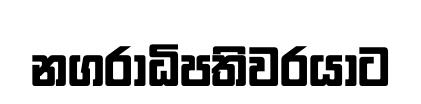
නගරාධිපතිවරයාට